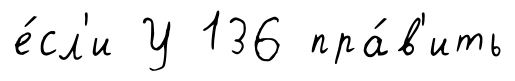
е́сл'и У 136 пра́в'ить